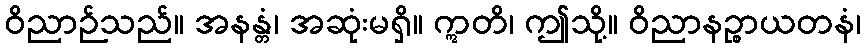
ဝိညာဉ်သည်။ အနန္တံ၊ အဆုံးမရှိ။ ဣတိ၊ ဤသို့။ ဝိညာနဉ္စာယတနံ၊